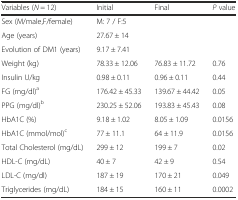
<table><thead><tr><td><b>Variables (<i>N</i> = 12)</b></td><td><b>Initial</b></td><td><b>Final</b></td><td><b><i>P</i> value</b></td></tr></thead><tbody><tr><td>Sex (M/male,F/female)</td><td>M: 7 / F:5</td><td></td><td></td></tr><tr><td>Age (years)</td><td>27.67 ± 14</td><td></td><td></td></tr><tr><td>Evolution of DM1 (years)</td><td>9.17 ± 7.41</td><td></td><td></td></tr><tr><td>Weight (kg)</td><td>78.33 ± 12.06</td><td>76.83 ± 11.72</td><td>0.76</td></tr><tr><td>Insulin U/kg</td><td>0.98 ± 0.11</td><td>0.96 ± 0.11</td><td>0.44</td></tr><tr><td>FG (mg/dl)<sup>a</sup></td><td>176.42 ± 45.33</td><td>139.67 ± 44.42</td><td>0.05</td></tr><tr><td>PPG (mg/dl)<sup>b</sup></td><td>230.25 ± 52.06</td><td>193.83 ± 45.43</td><td>0.08</td></tr><tr><td>HbA1C (%)</td><td>9.18 ± 1.02</td><td>8.05 ± 1.09</td><td>0.0156</td></tr><tr><td>HbA1C (mmol/mol)<sup>c</sup></td><td>77 ± 11.1</td><td>64 ± 11.9</td><td>0.0156</td></tr><tr><td>Total Cholesterol (mg/dL)</td><td>299 ± 12</td><td>199 ± 7</td><td>0.02</td></tr><tr><td>HDL-C (mg/dL)</td><td>40 ± 7</td><td>42 ± 9</td><td>0.54</td></tr><tr><td>LDL-C (mg/dl)</td><td>187 ± 19</td><td>170 ± 21</td><td>0.049</td></tr><tr><td>Triglycerides (mg/dL)</td><td>184 ± 15</td><td>160 ± 11</td><td>0.0002</td></tr></tbody></table>